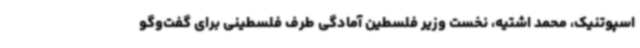
اسپوتنیک، محمد اشتیه، نخست وزیر فلسطین آمادگی طرف فلسطینی برای گفت‌وگو